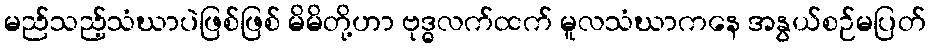
မည်သည့်သံဃာပဲဖြစ်ဖြစ် မိမိတို့ဟာ ဗုဒ္ဓလက်ထက် မူလသံဃာကနေ အနွယ်စဉ်မပြတ်